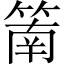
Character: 䈒